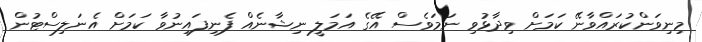
މިނިވަންކުރައްވާނޭ ކަމަށް ވިދާޅުވި ނަމަވެސް އޭގެ އަމަލީ ނިޝާނެއް ފެނިފައިނުވާ ކަމަށް އެނަލިސްޓުން